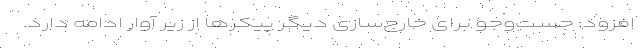
افزود: جست‌وجو برای خارج‌سازی دیگر پیکرها از زیر آوار ادامه دارد.